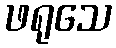
ဖရုသေ